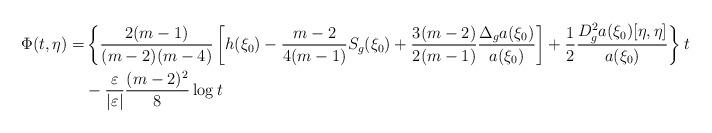
LaTeX: \begin{align*}\Phi(t,\eta)= & \left\{{2(m-1)\over(m-2)(m-4)} \left[ h(\xi_{0}) -\frac{m-2}{4(m-1)}S_{g}(\xi_{0}) +{3 (m-2)\over 2(m-1)}\frac{\Delta_g a(\xi_0)}{ a(\xi_{0})}\right] +{1\over2} \frac{D^2_g a(\xi_0)[\eta,\eta]}{a(\xi_{0})}\right\}t\\ &-{\varepsilon\over|\varepsilon|} {(m-2)^2\over8}\log t\end{align*}